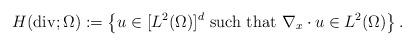
LaTeX: \begin{align*}H({\rm div};\Omega):=\left\{u\in [L^2(\Omega)]^d\mbox{ such that }\nabla_x\cdot u \in L^2(\Omega)\right\}.\end{align*}